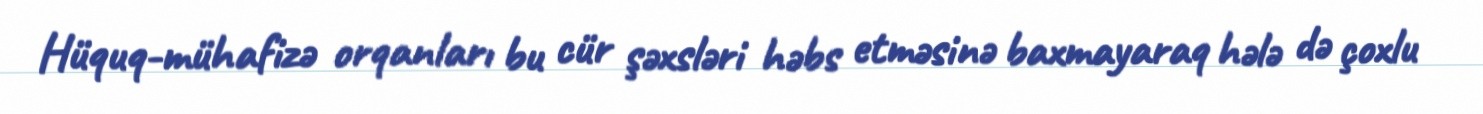
Hüquq-mühafizə orqanları bu cür şəxsləri həbs etməsinə baxmayaraq hələ də çoxlu